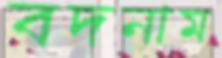
বদনাম